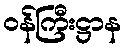
ဝန်ကြီးဋ္ဌာန